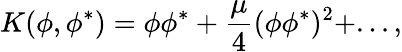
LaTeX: K(\phi,\phi^{*})=\phi\phi^{*}+\frac{\mu}{4}(\phi\phi^{*})^{2}+...,